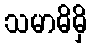
သမာဓိမှိ